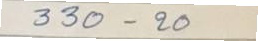
330 - 20